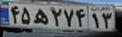
۴۵ه۲۷۴۱۳